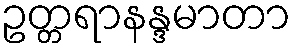
ဥတ္တရာနန္ဒမာတာ